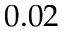
0 . 0 2